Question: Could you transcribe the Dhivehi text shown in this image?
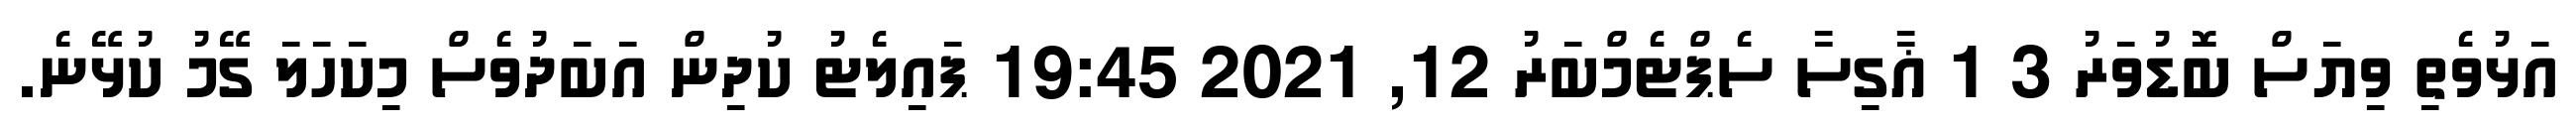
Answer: އަޅުވެތި ވިޔަސް ބޮޑުވަރު 3 1 ޣާގިސާ ސެޕްޓެމްބަރު 12, 2021 19:45 ޕައިލެޓު ކުދިން އަބަދުވެސް މިކަހަލަ ގޭމު ކުޅޭނެ.